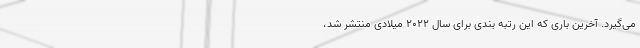
می‌گیرد. آخرین باری که این رتبه بندی برای سال ۲۰۲۲ میلادی منتشر شد،